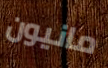
مانيون